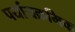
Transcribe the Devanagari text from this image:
पर्यायक्रमिक